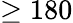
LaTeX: \ge 180